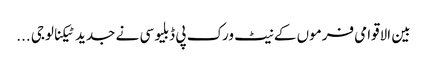
بین الاقوامی فرموں کے نیٹ ورک پی ڈبلیو سی نے جدید ٹیکنالوجی ...